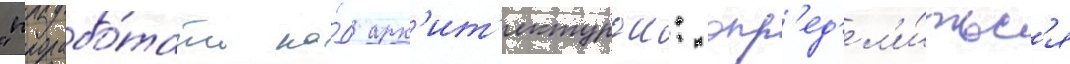
"прорабо́тать на́д арх'ит'ектурои: опр'ед'ел'и́тьс'я